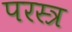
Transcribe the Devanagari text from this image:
परस्त्र